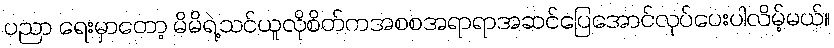
ပညာ ရေးမှာတော့ မိမိရဲ့သင်ယူလိုစိတ်ကအစစအရာရာအဆင်ပြေအောင်လုပ်ပေးပါလိမ့်မယ်။